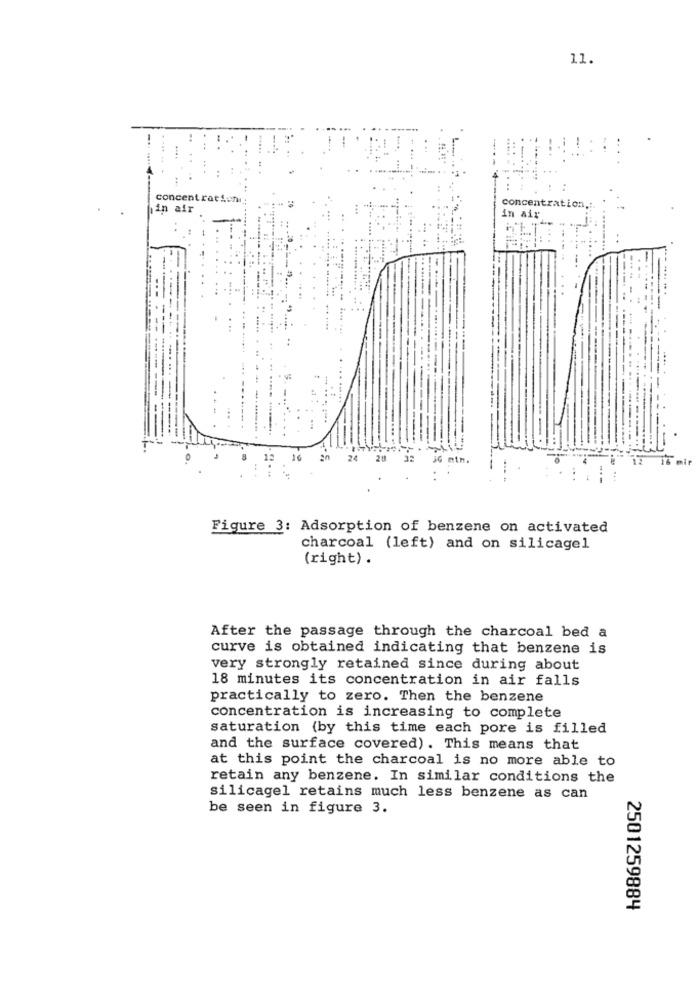
11.
concentratieni
in air
concentration.
in aix
24
20
JG atn.
Figure 3: Adsorption of benzene on activated
charcoal (left) and on silicagel
(right) .
After the passage through the charcoal bed a
curve is obtained indicating that benzene is
very strongly retained since during about
18 minutes its concentration in air falls
practically to zero. Then the benzene
concentration is increasing to complete
saturation (by this time each pore is filled
and the surface covered). This means that
at this point the charcoal is no more able to
retain any benzene. In similar conditions the
silicagel retains much less benzene as can
be seen in figure 3.
2501259884